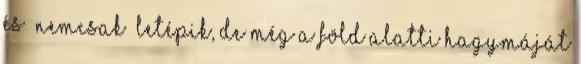
és „nemcsak” letépik, de még a föld alatti hagymáját